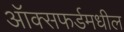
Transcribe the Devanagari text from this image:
ऑक्सफर्डमधील